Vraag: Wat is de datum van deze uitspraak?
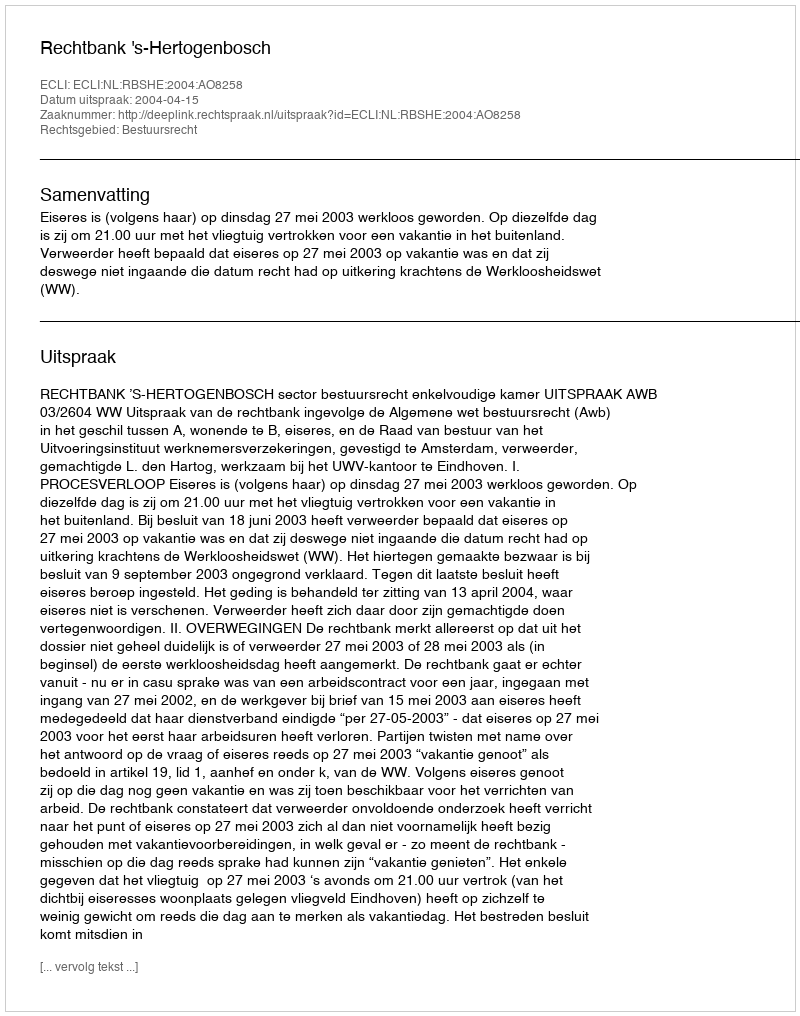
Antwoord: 2004-04-15